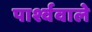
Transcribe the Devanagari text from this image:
पार्श्ववाले